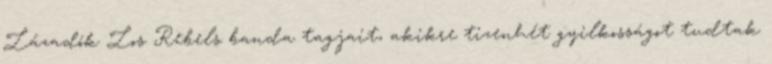
Lázadók Los Rebels banda tagjait, akikre tizenhét gyilkosságot tudtak